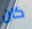
كان